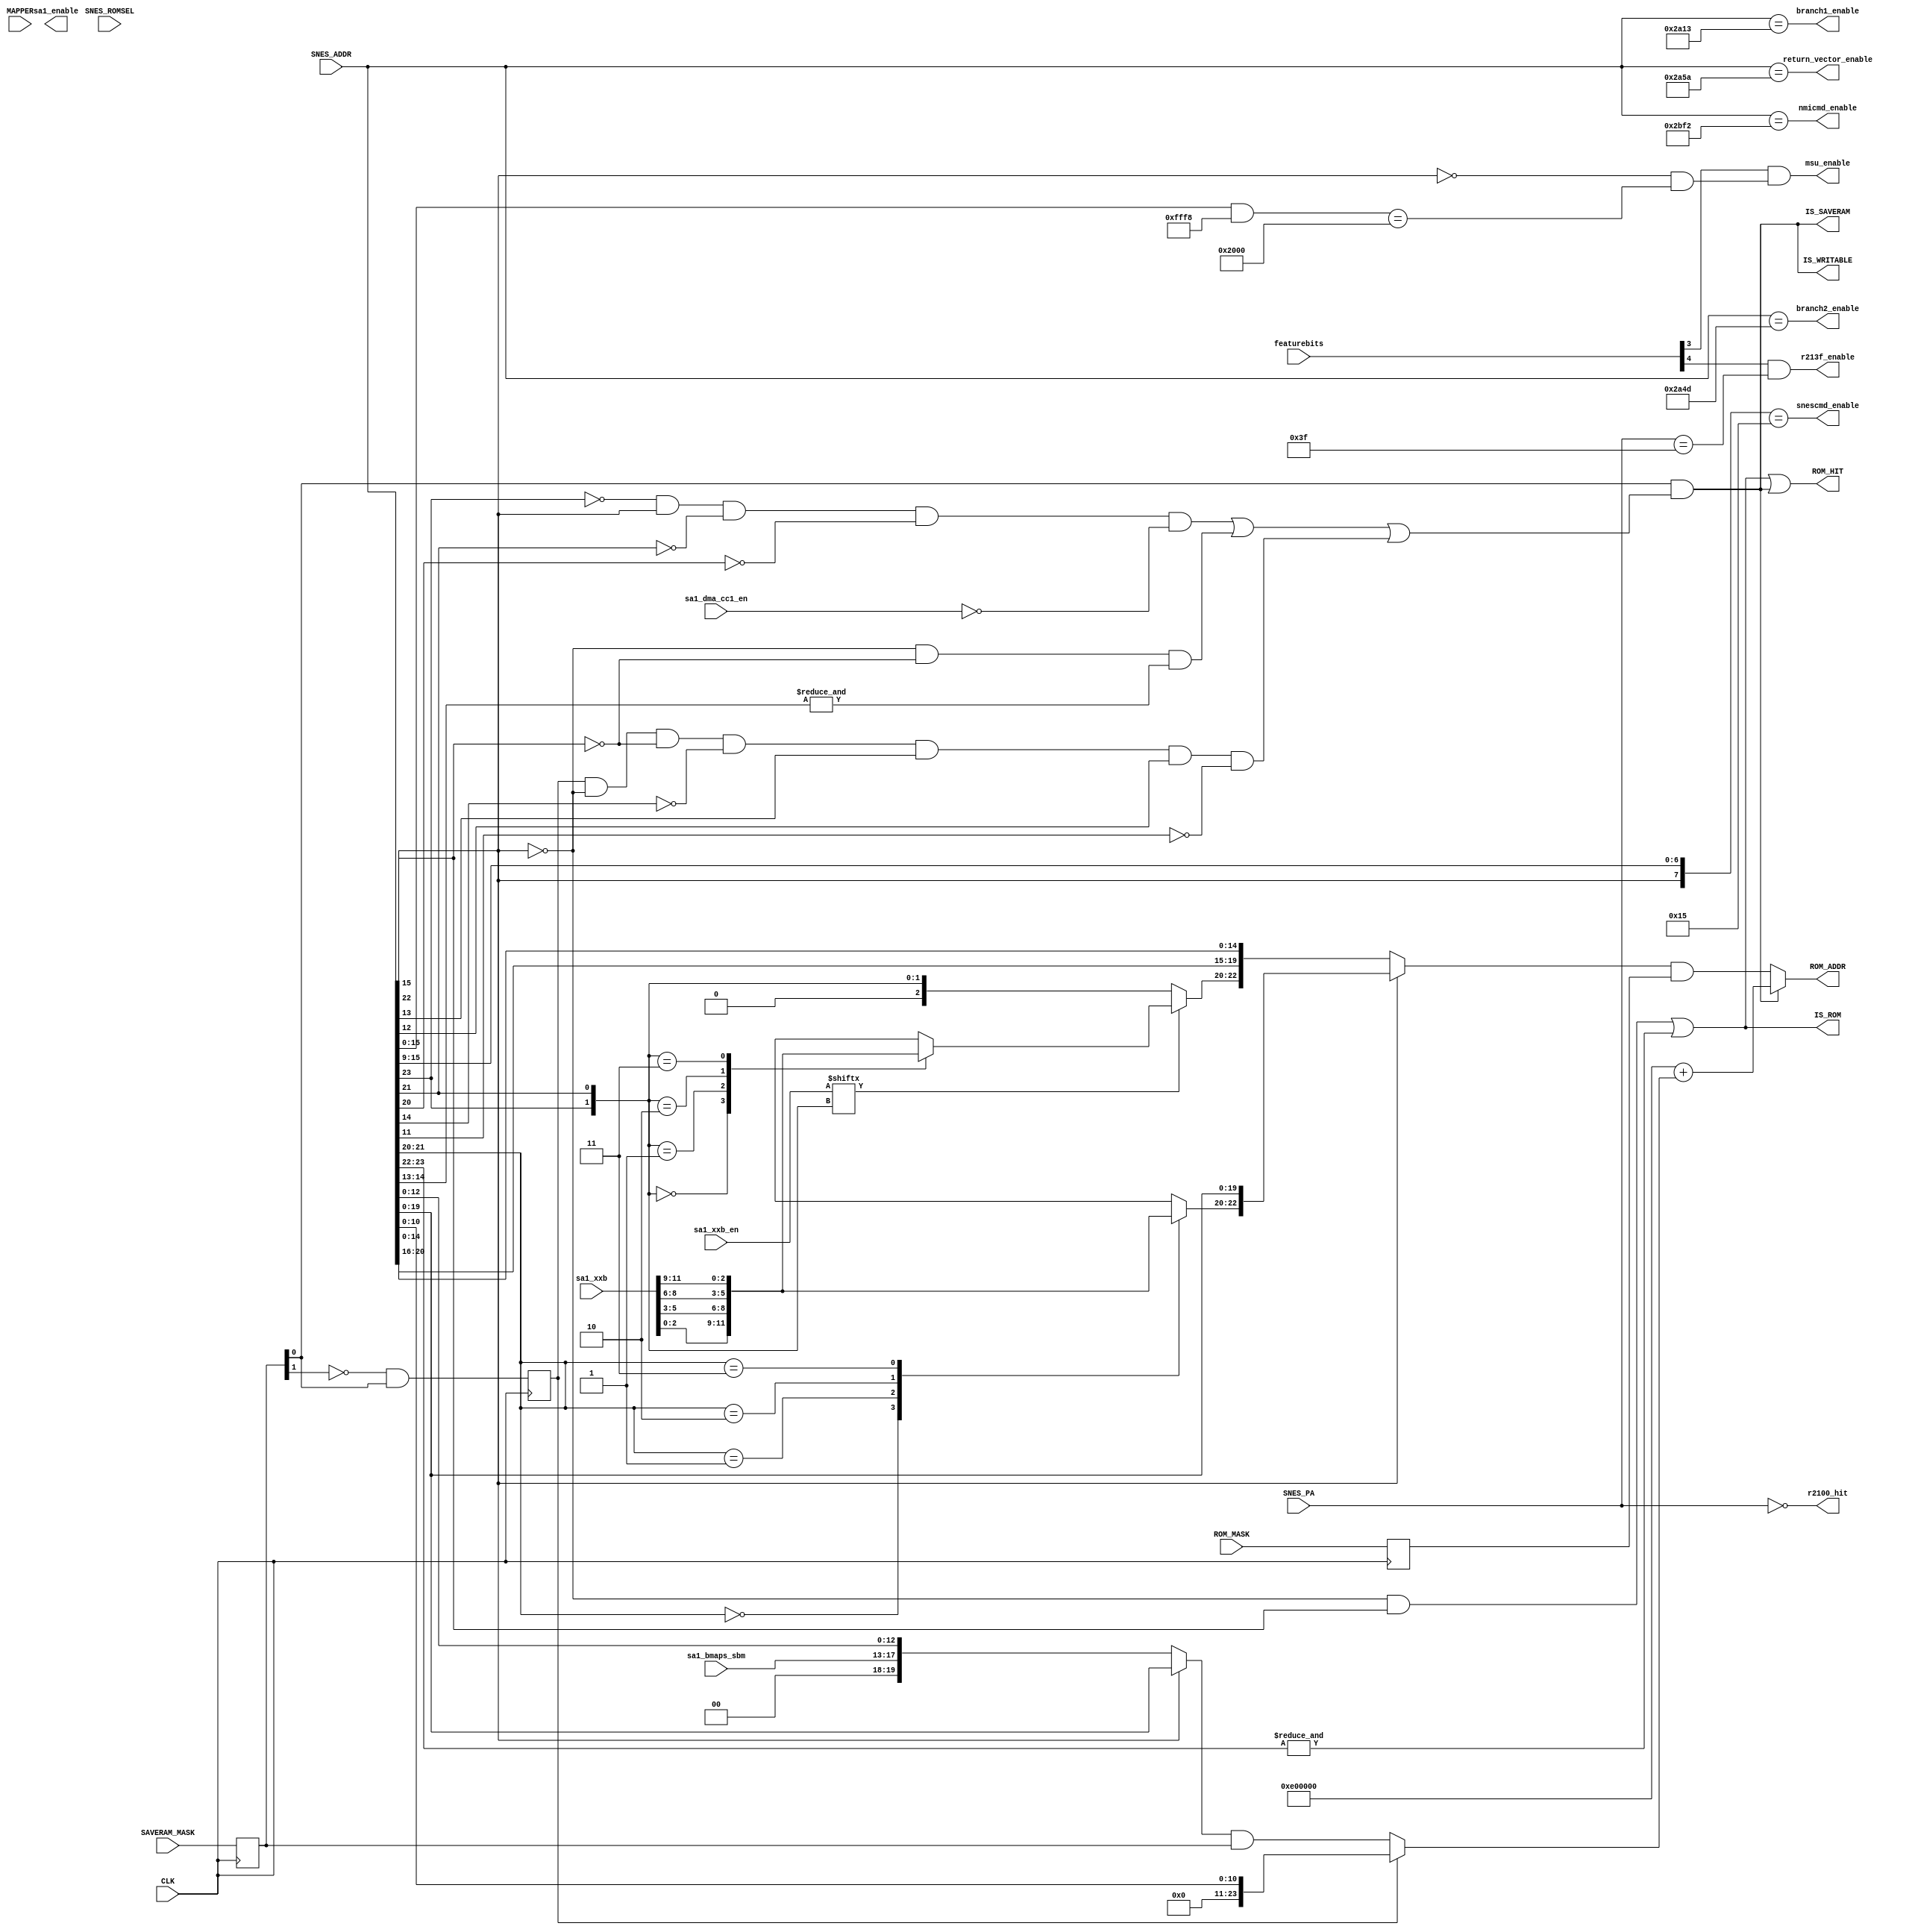
module address_23(
  input CLK,
  input [15:0] featurebits,  
  input [2:0] MAPPER,       
  input [23:0] SNES_ADDR,   
  input [7:0] SNES_PA,      
  input SNES_ROMSEL,        
  output [23:0] ROM_ADDR,   
  output ROM_HIT,           
  output IS_SAVERAM,        
  output IS_ROM,            
  output IS_WRITABLE,       
  input [23:0] SAVERAM_MASK,
  input [23:0] ROM_MASK,
  output msu_enable,
  input [4:0] sa1_bmaps_sbm,
  input  sa1_dma_cc1_en,
  input [11:0] sa1_xxb,
  input [3:0] sa1_xxb_en,
  output r213f_enable,
  output r2100_hit,
  output snescmd_enable,
  output nmicmd_enable,
  output return_vector_enable,
  output branch1_enable,
  output branch2_enable,
  output sa1_enable
);
parameter [2:0]
  FEAT_MSU1 = 3,
  FEAT_213F = 4,
  FEAT_2100 = 6
 ;
reg [23:0] ROM_MASK_r     = 0;
reg [23:0] SAVERAM_MASK_r = 0;
reg        iram_battery_r = 0;
always @(posedge CLK) begin
  ROM_MASK_r     <= ROM_MASK;
  SAVERAM_MASK_r <= SAVERAM_MASK;
  iram_battery_r <= ~SAVERAM_MASK_r[1] & SAVERAM_MASK_r[0];
end
wire [23:0] SRAM_SNES_ADDR;
wire [2:0] xxb[3:0];
assign {xxb[3], xxb[2], xxb[1], xxb[0]} = sa1_xxb;
wire [3:0] xxb_en = sa1_xxb_en;
assign IS_ROM = ( (~SNES_ADDR[22] & SNES_ADDR[15])
                | (&SNES_ADDR[23:22]))
                ;
assign IS_SAVERAM = SAVERAM_MASK_r[0]
                    & ( 
                        ( ~SNES_ADDR[23]
                        &  SNES_ADDR[22]
                        & ~SNES_ADDR[21]
                        & ~SNES_ADDR[20]
                        & ~sa1_dma_cc1_en
                        )
                      | ( ~SNES_ADDR[22]
                        & ~SNES_ADDR[15]
                        & &SNES_ADDR[14:13]
                        )
                      | ( iram_battery_r
                        & ~SNES_ADDR[22]
                        & ~SNES_ADDR[15]
                        & ~SNES_ADDR[14]
                        &  SNES_ADDR[13]
                        &  SNES_ADDR[12]
                        & ~SNES_ADDR[11]
                        )
                      );
assign IS_WRITABLE = IS_SAVERAM;
assign SRAM_SNES_ADDR = (IS_SAVERAM
                         ? (24'hE00000 + (iram_battery_r ? SNES_ADDR[10:0] : ((SNES_ADDR[22] ? SNES_ADDR[19:0] : {sa1_bmaps_sbm,SNES_ADDR[12:0]}) & SAVERAM_MASK_r)))
                         : ((SNES_ADDR[22] ? {1'b0, xxb[SNES_ADDR[21:20]], SNES_ADDR[19:0]} : {1'b0, (xxb_en[{SNES_ADDR[23],SNES_ADDR[21]}] ? xxb[{SNES_ADDR[23],SNES_ADDR[21]}] : {1'b0,SNES_ADDR[23],SNES_ADDR[21]}), SNES_ADDR[20:16], SNES_ADDR[14:0]}) & ROM_MASK_r)
                         );
assign ROM_ADDR = SRAM_SNES_ADDR;
assign ROM_HIT = IS_ROM | IS_WRITABLE;
assign msu_enable = featurebits[FEAT_MSU1] & (!SNES_ADDR[22] && ((SNES_ADDR[15:0] & 16'hfff8) == 16'h2000));
assign r213f_enable = featurebits[FEAT_213F] & (SNES_PA == 8'h3f);
assign r2100_hit = (SNES_PA == 8'h00);
assign snescmd_enable = ({SNES_ADDR[22], SNES_ADDR[15:9]} == 8'b0_0010101);
assign nmicmd_enable = (SNES_ADDR == 24'h002BF2);
assign return_vector_enable = (SNES_ADDR == 24'h002A5A);
assign branch1_enable = (SNES_ADDR == 24'h002A13);
assign branch2_enable = (SNES_ADDR == 24'h002A4D);
endmodule